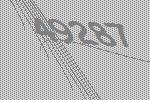
49287